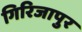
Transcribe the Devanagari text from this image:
गिरिजापुर